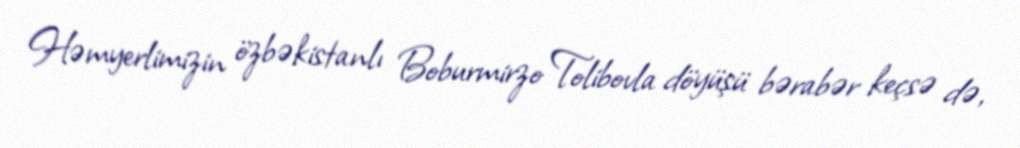
Həmyerlimizin özbəkistanlı Boburmirzo Tolibovla döyüşü bərabər keçsə də,